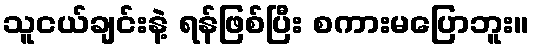
သူငယ်ချင်းနဲ့ ရန်ဖြစ်ပြီး စကားမပြောဘူး။